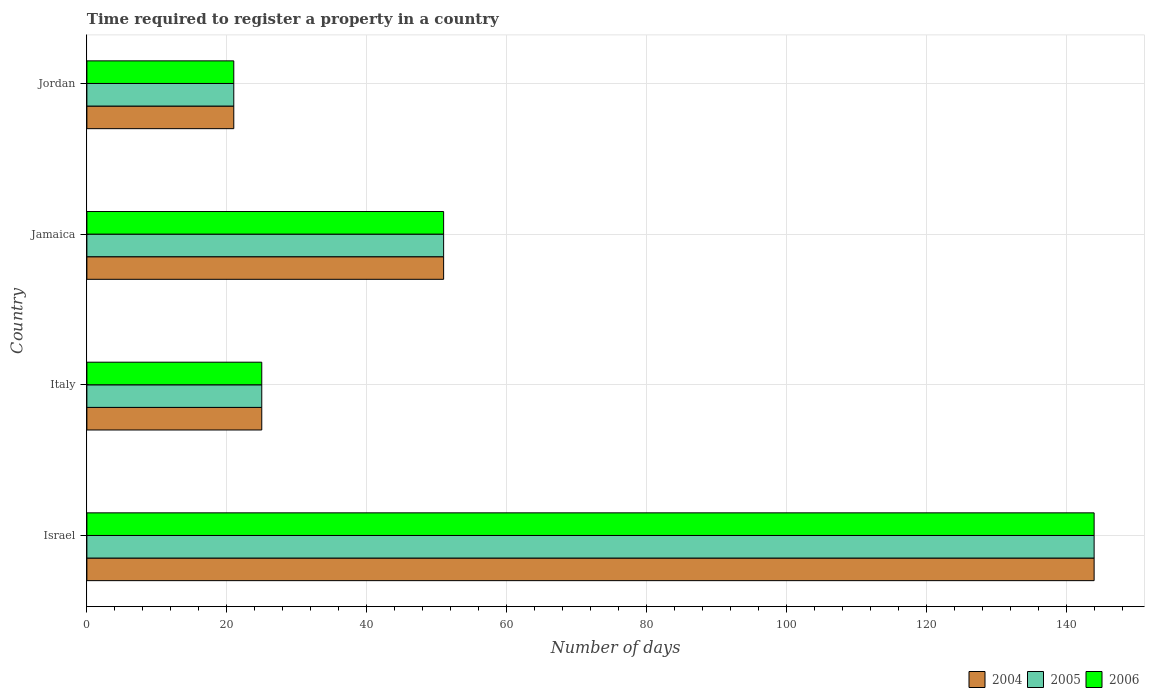
| Country | 2004 | 2005 | 2006 |
 | --- | --- | --- | --- |
 | Israel | 144 | 144 | 144 |
 | Italy | 25 | 25 | 25 |
 | Jamaica | 51 | 51 | 51 |
 | Jordan | 21 | 21 | 21 |